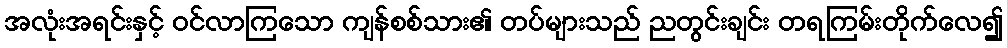
အလုံးအရင်းနှင့် ဝင်လာကြသော ကျန်စစ်သား၏ တပ်များသည် ညတွင်းချင်း တရကြမ်းတိုက်လေ၍